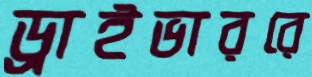
ড্রাইভাররে